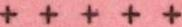
+++++